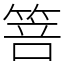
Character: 箁